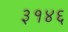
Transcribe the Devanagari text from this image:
३१४६